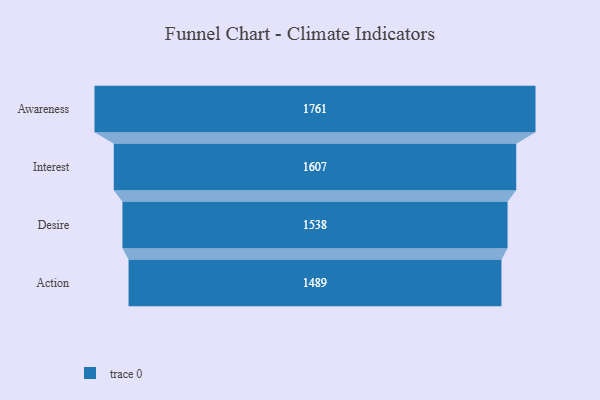
{"axis": {"x": "Stage", "y": "Value"}, "legend": [""], "data": [{"x": "Awareness", "y": 1761.0, "type": ""}, {"x": "Interest", "y": 1607.0, "type": ""}, {"x": "Desire", "y": 1538.0, "type": ""}, {"x": "Action", "y": 1489.0, "type": ""}]}